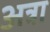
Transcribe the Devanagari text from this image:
अत्रा